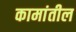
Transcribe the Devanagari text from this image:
कामांतील